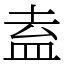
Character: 盍